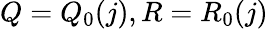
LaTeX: Q=Q_{0}(j),R=R_{0}(j)